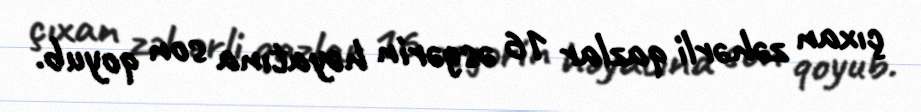
çıxan zəhərli qazlar 16 əsgərin həyatına son qoyub.